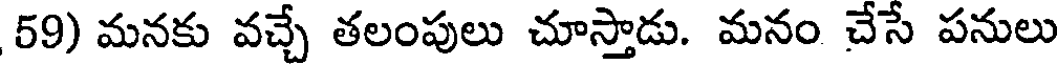
59) మనకు వచ్చే తలంపులు చూస్తాడు. మనం చేసే పనులు